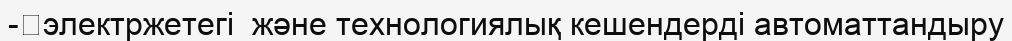
-	электржетегі  және технологиялық кешендерді автоматтандыру